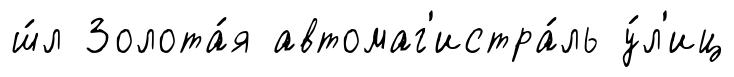
ш́л Золота́я автомаг'истра́ль у́л'иц